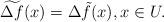
LaTeX: \begin{align*}\widetilde{\Delta f}(x) = \Delta \tilde{f}(x),x\in U.\end{align*}